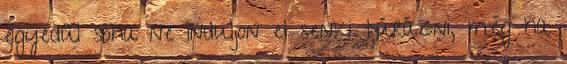
egyedül soha ne induljon el senki túrázni, még ha